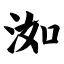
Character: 洳